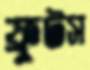
ফ্রুটস